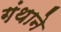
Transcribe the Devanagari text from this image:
गंथाने